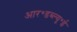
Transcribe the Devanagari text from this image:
आर॰डब्ल्यू॰ई